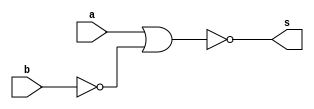
// -------------------------
// Exemplo_0502
// Laura Iara Silva Santos Xavier - 734661
// -------------------------

module f5a ( output s, input a, input b );
// definir dado local
wire n;
// descrever por portas
nor NOR1(n,b);
nor NOR2(s,a,n);

endmodule // f5a

module f5b ( output s, input a, input b );
// descrever por expressao
assign s = (~a & b);
endmodule // f5b

module test_f5;
// ------------------------- definir dados
reg x;
reg y;
wire a, b;
f5a moduloA ( a, x, y );
f5b moduloB ( b, x, y );
// ------------------------- parte principal
initial
begin : main
$display("Exemplo_0502 - Laura Iara Silva Santos Xavier - 734661");
$display("Test module");
$display(" x y a b");

// projetar testes do modulo
$monitor("%4b %4b %4b %4b", x, y, a, b);
x = 1'b0; y = 1'b0;
#1 x = 1'b0; y = 1'b1;
#1 x = 1'b1; y = 1'b0;
#1 x = 1'b1; y = 1'b1;
end
endmodule // test_f5